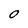
Character: O